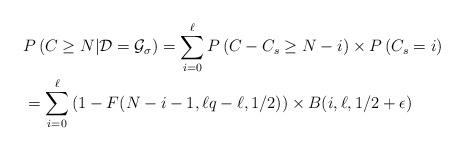
LaTeX: \begin{align*}& P\left(C \geq N|\mathcal{D} = \mathcal{G}_{\sigma} \right)=\sum_{i=0}^{\ell} P\left( C-C_s \geq N-i \right) \times P\left( C_s =i \right)\\&=\sum_{i=0}^{\ell} \left(1-F(N-i-1,\ell q-\ell,1/2) \right) \times B(i, \ell , 1/2+ \epsilon) \\\end{align*}